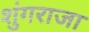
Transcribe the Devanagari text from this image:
शुंगराजा